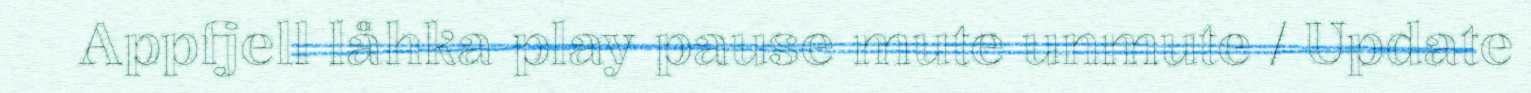
Appfjell låhka play pause mute unmute / Update